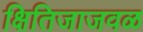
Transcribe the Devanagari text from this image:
क्षितिजाजवळ